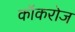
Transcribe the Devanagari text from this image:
कॉकरोज